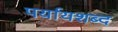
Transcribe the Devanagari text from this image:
पर्यायशब्द